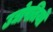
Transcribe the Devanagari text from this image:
उद्योपतियों